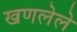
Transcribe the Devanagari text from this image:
खणलेले